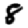
Digit: 8